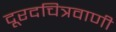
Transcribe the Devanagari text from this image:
दूरदचित्रवाणी